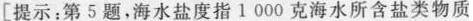
[提示：第5题，海水盐度指1 000克海水所含盐类物质